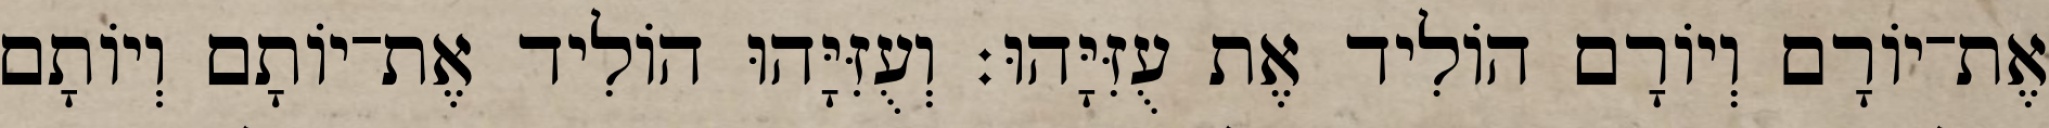
אֶת־יוֹרָם וְיוֹרָם הוֹלִיד אֶת עֻזִּיָּהוּ׃ וְעֻזִּיָּהוּ הוֹלִיד אֶת־יוֹתָם וְיוֹתָם